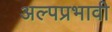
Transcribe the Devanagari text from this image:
अल्पप्रभावी